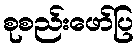
စုစည်းဖော်ပြ